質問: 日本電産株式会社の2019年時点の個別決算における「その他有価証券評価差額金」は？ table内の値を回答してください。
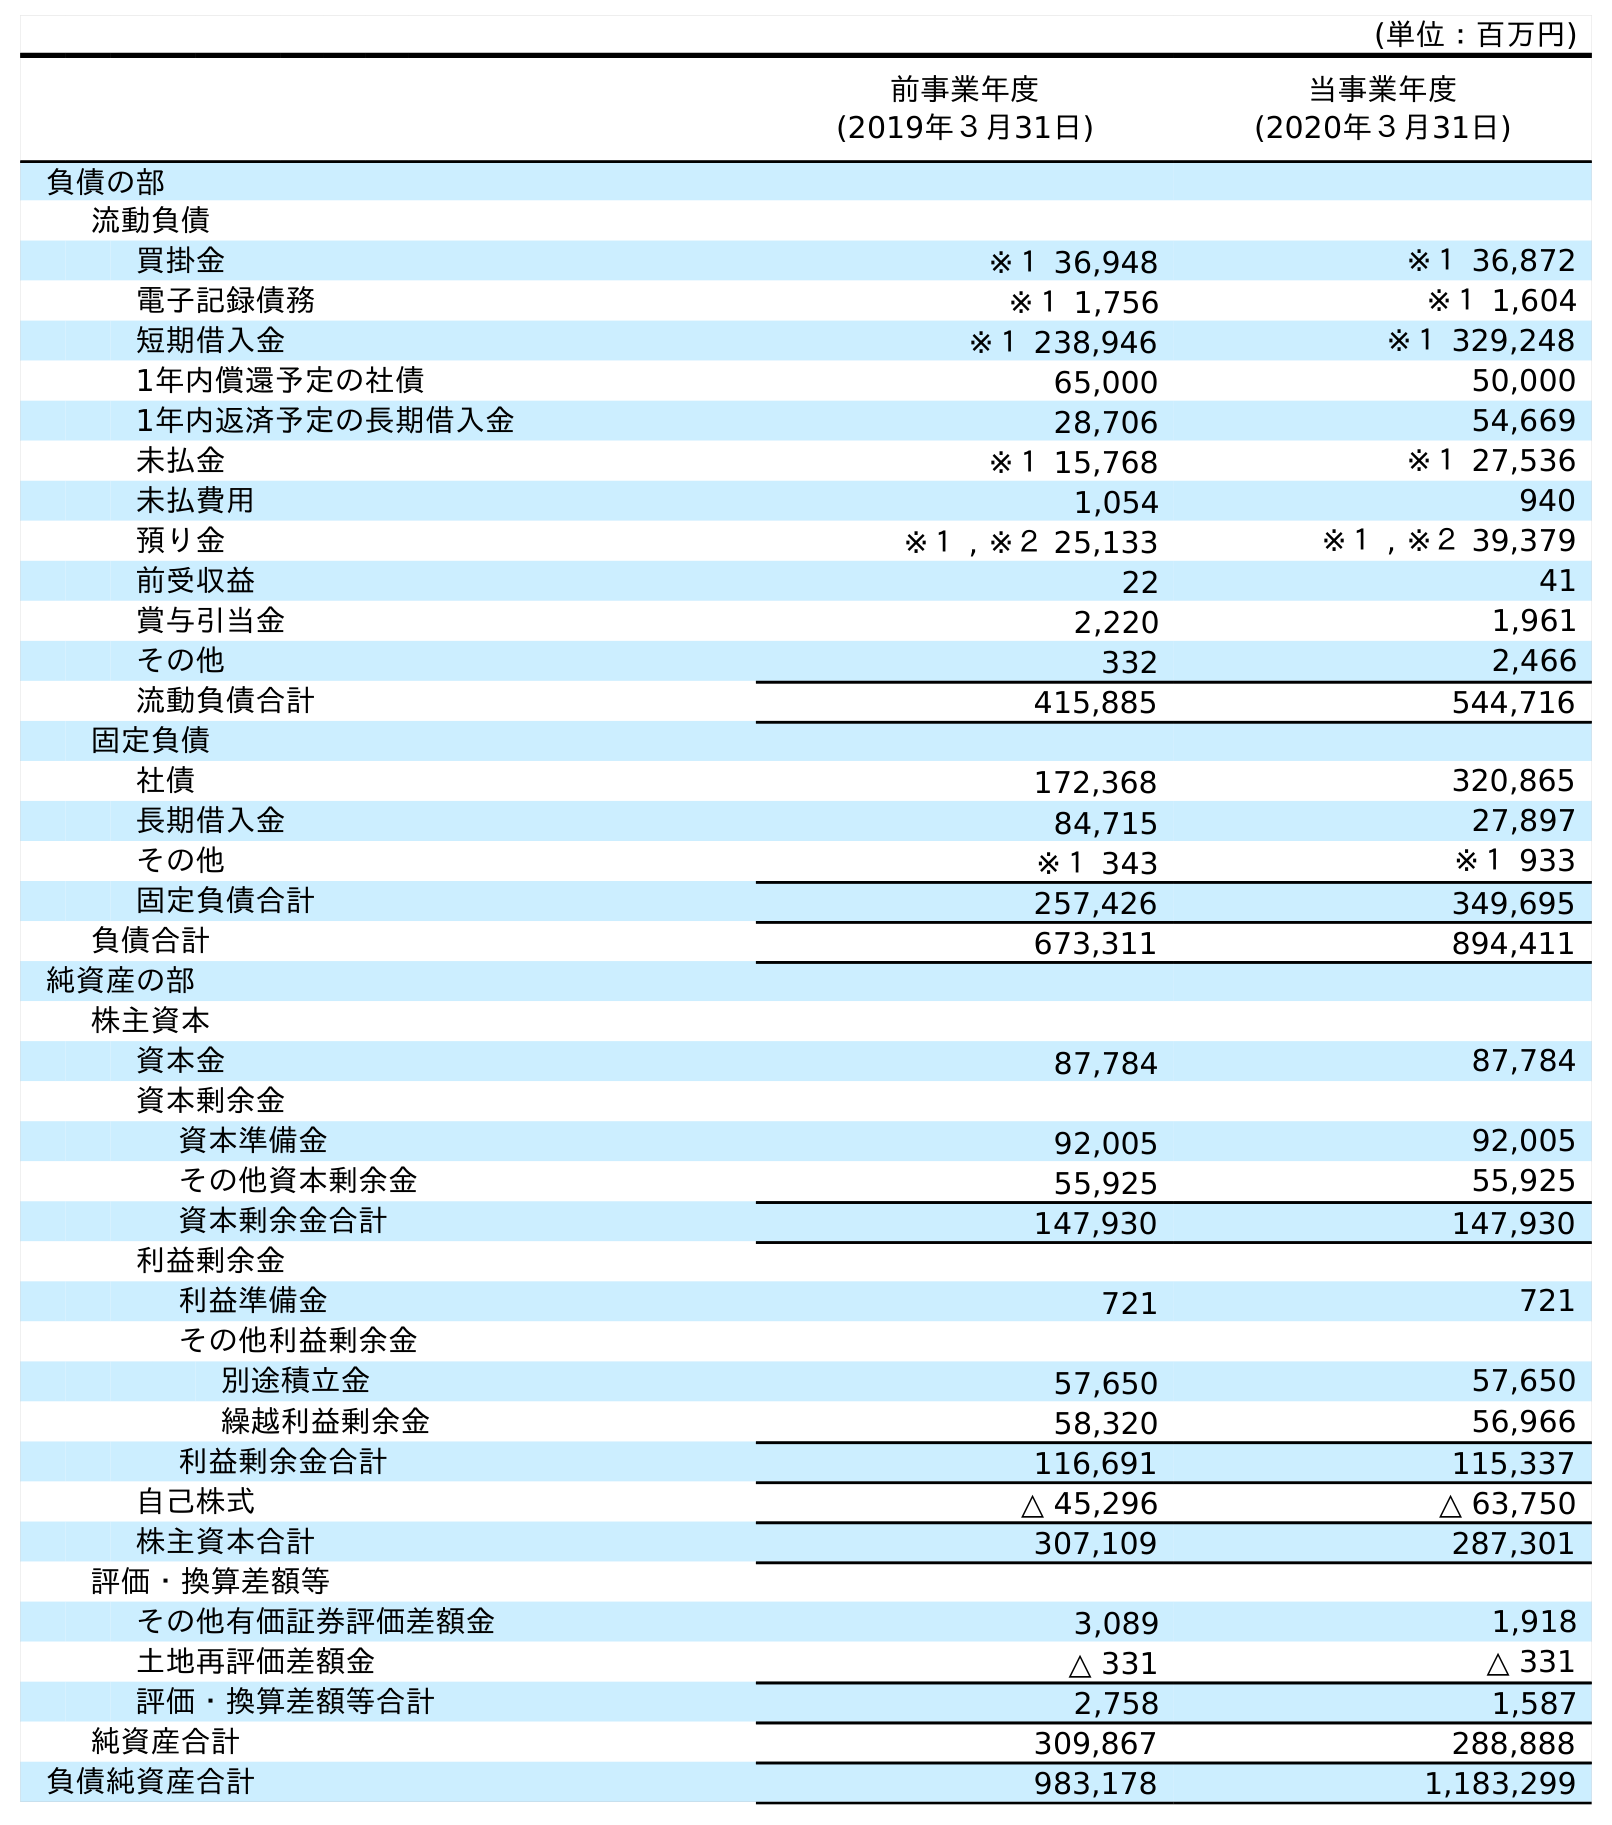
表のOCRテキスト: (単位：百万円) 前事業年度 (2019年３月31日) 当事業年度 (2020年３月31日) 負債の部 流動負債 買掛金 ※１ 36,948 ※１ 36,872 電子記録債務 ※１ 1,756 ※１ 1,604 短期借入金 ※１ 238,946 ※１ 329,248 1年内償還予定の社債 65,000 50,000 1年内返済予定の長期借入金 28,706 54,669 未払金 ※１ 15,768 ※１ 27,536 未払費用 1,054 940 預り金 ※１ , ※２ 25,133 ※１ , ※２ 39,379 前受収益 22 41 賞与引当金 2,220 1,961 その他 332 2,466 流動負債合計 415,885 544,716 固定負債 社債 172,368 320,865 長期借入金 84,715 27,897 その他 ※１ 343 ※１ 933 固定負債合計 257,426 349,695 負債合計 673,311 894,411 純資産の部 株主資本 資本金 87,784 87,784 資本剰余金 資本準備金 92,005 92,005 その他資本剰余金 55,925 55,925 資本剰余金合計 147,930 147,930 利益剰余金 利益準備金 721 721 その他利益剰余金 別途積立金 57,650 57,650 繰越利益剰余金 58,320 56,966 利益剰余金合計 116,691 115,337 自己株式 △ 45,296 △ 63,750 株主資本合計 307,109 287,301 評価・換算差額等 その他有価証券評価差額金 3,089 1,918 土地再評価差額金 △ 331 △ 331 評価・換算差額等合計 2,758 1,587 純資産合計 309,867 288,888 負債純資産合計 983,178 1,183,299
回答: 3,089